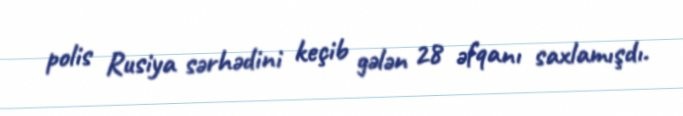
polis Rusiya sərhədini keçib gələn 28 əfqanı saxlamışdı.